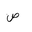
Letter: _sad